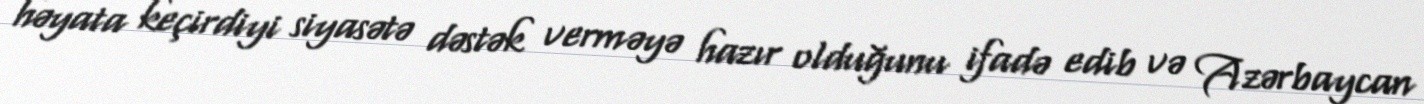
həyata keçirdiyi siyasətə dəstək verməyə hazır olduğunu ifadə edib və Azərbaycan